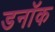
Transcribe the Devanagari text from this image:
डनॉक